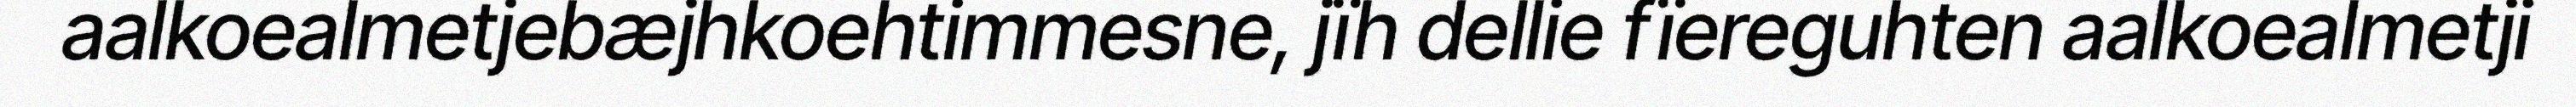
aalkoealmetjebæjhkoehtimmesne, jïh dellie fïereguhten aalkoealmetji